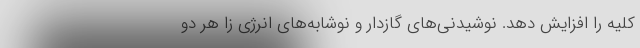
کلیه را افزایش دهد. نوشیدنی‌های گازدار و نوشابه‌های انرژی زا هر دو